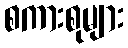
စကားစုများ